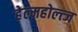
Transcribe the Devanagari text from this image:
हेल्महोल्त्ज